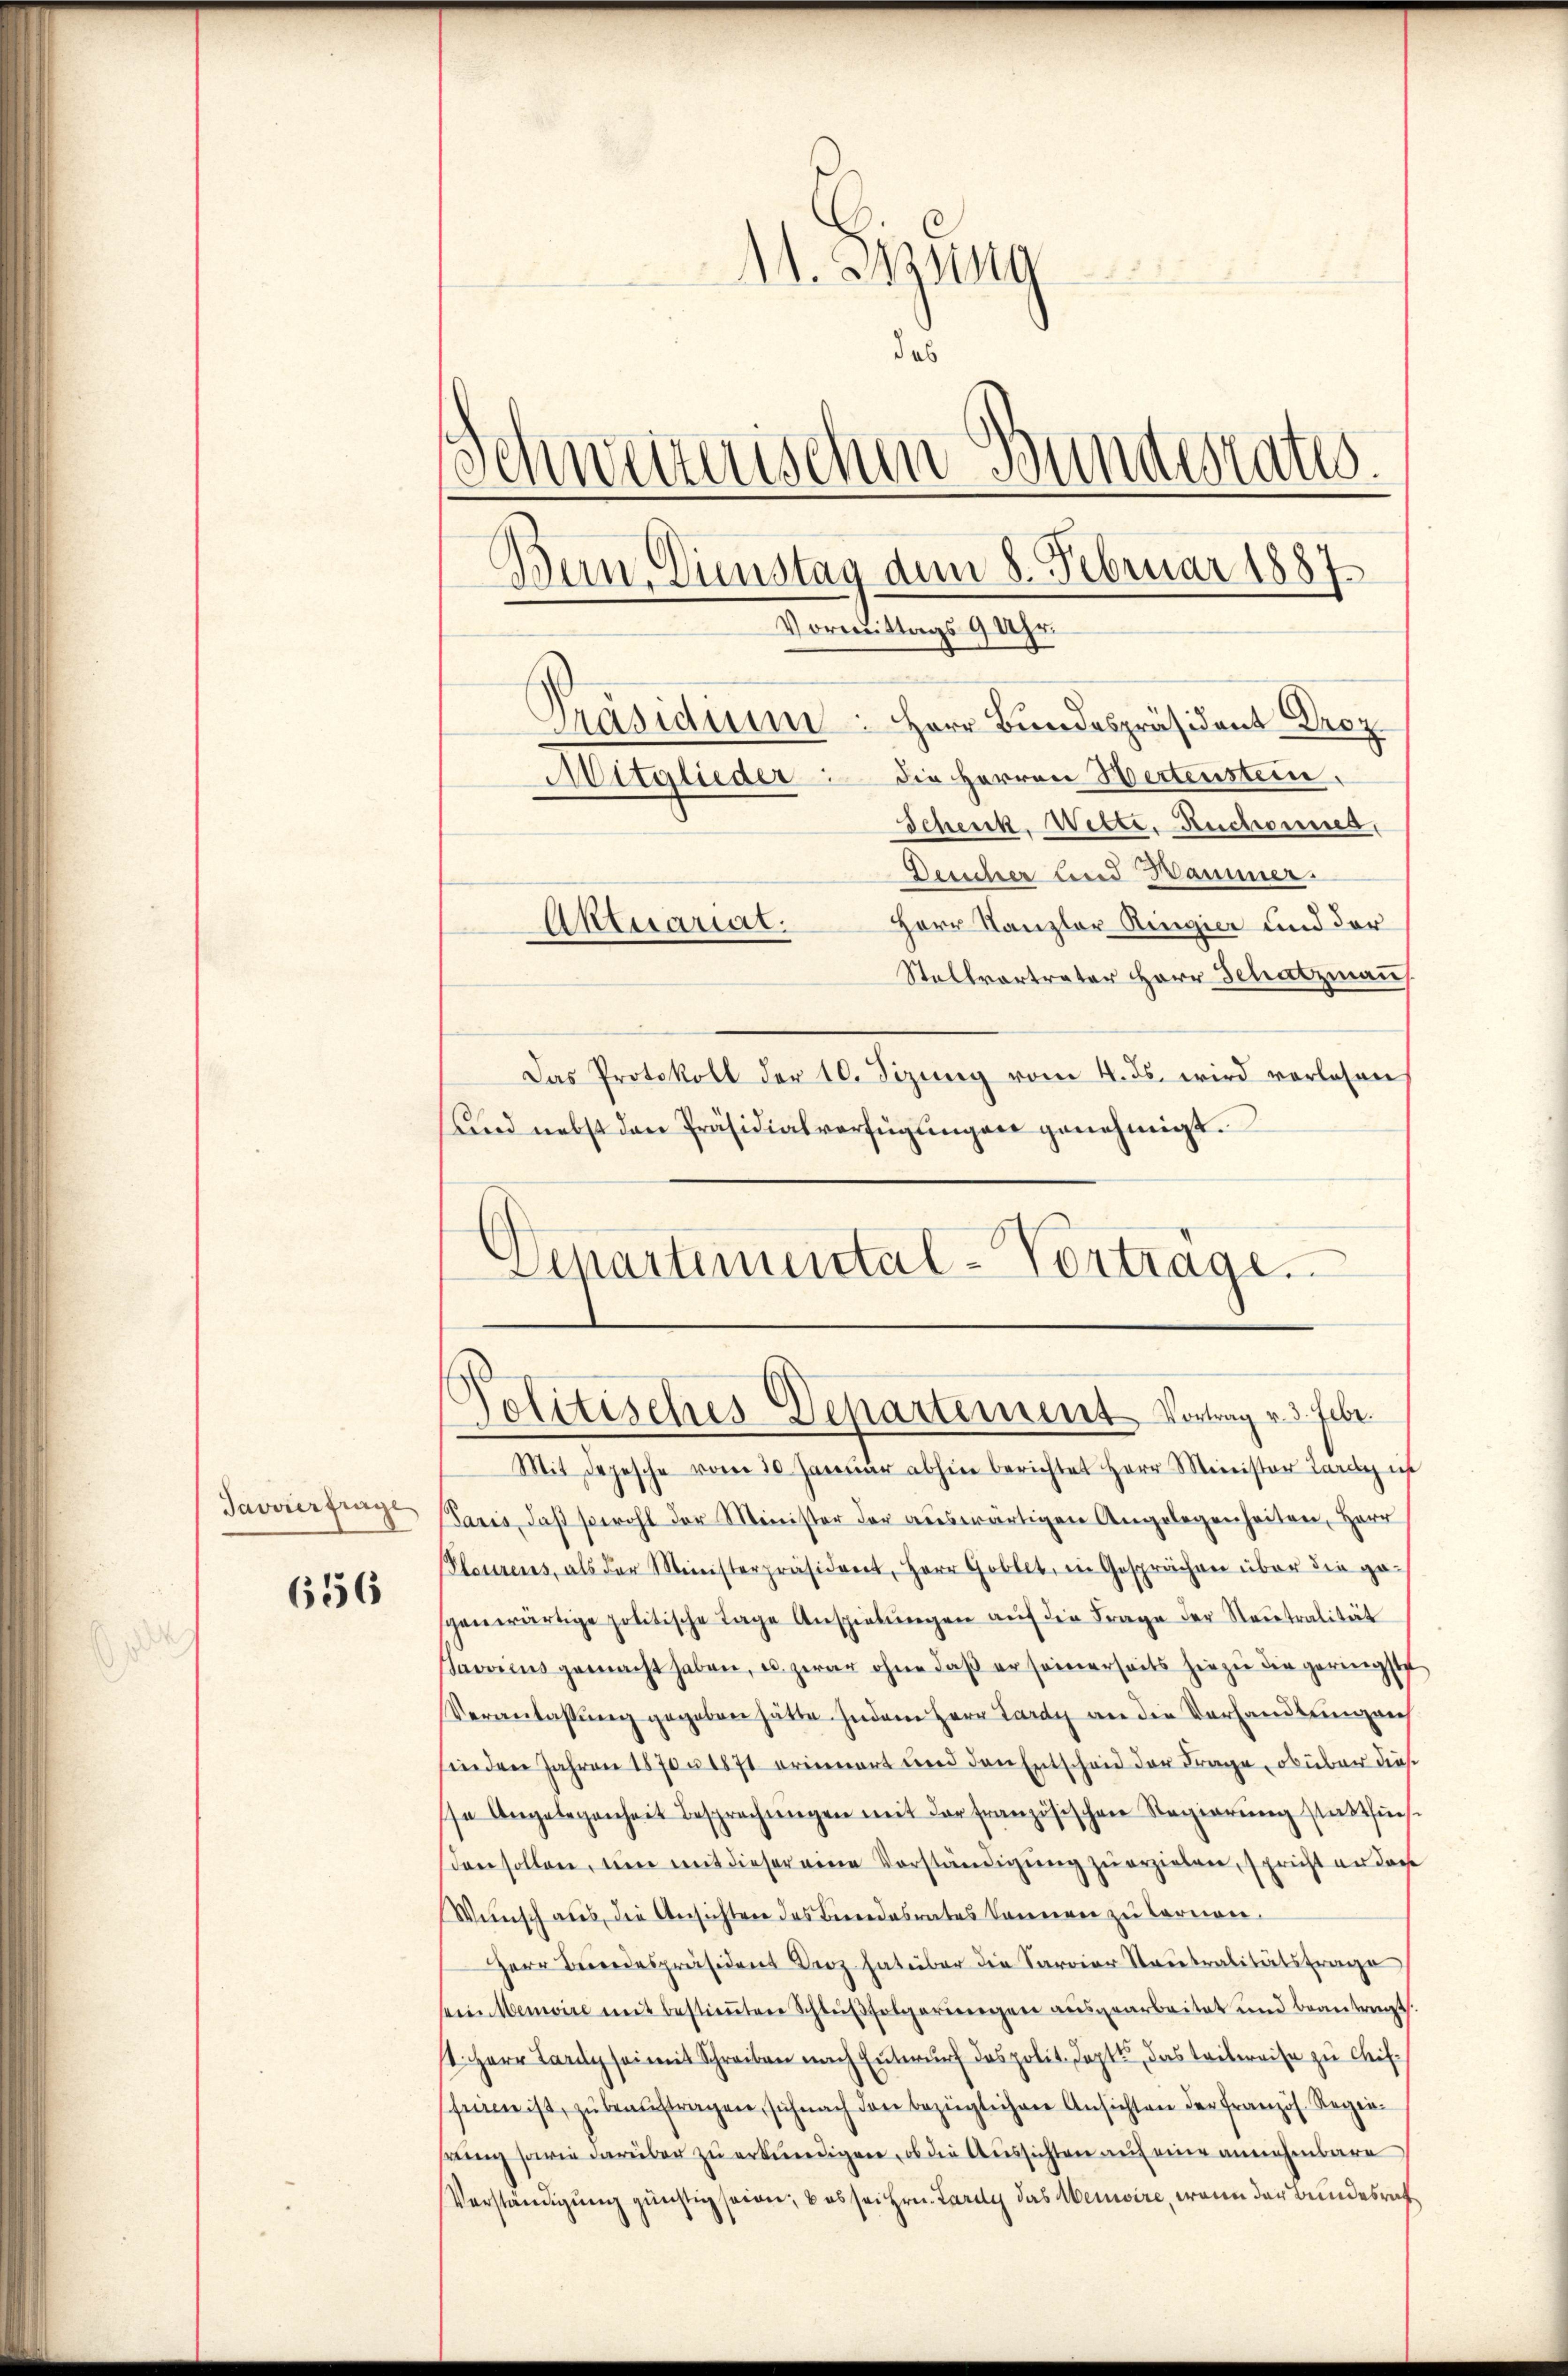
Javvierfrage

656

Ad. Msing
das
Schweizerischen Bundesrates.
Dein Dienstag dem 8. Februar 1887
Vormittags 9 Uhr.
Präsidium: Herr Bundespräsident Droz
Mitglieder die Herren Hertenstein,
Schenk. Wette, Ruchonnes,
Deucher und Hammer.
Herr Kanzler Ringier und der
Aktuariat.

Stellvertrater Herr Schatzmann
Das Protokoll der 10. Sizŭng vom 4. ds. wird vorlesen
Und nebst den Präsidialverfügŭngen genehmigt.
Mit Depesche vom 10. Janŭar abhin berichtet Herr Minister Lardy is
Paris, daß sowohl der Minister der auswärtigen Angelegenheiten, Herr
(Ploszens, als der Ministerpräsident, Herr Goblet, in Gesprächen über die ge-
genwärtige politische Tage Anspielŭngen aŭf die Frage der Neutralität
Savoies gemacht haben, u. zwar ohne daβ er seinerseits hiezŭ die geringste
Veranlassŭng gegeben hätte. Indem Herr Lardy an die Verhandlungen
inden Jahren 18705 1871 erinnert und den Entscheid der Frage, ob über diese
se Angelegenheit Besprechungen mit der französischen Regierung stattfinden sollen, um mit dieser eine Vorständigung zu erzielen, spricht er dar
Wünsch aus, die Ansichten des Berendesrates können zu Carrione.
Herr Bundespräsident Droz hat über die Saroiar Stautralitätsfrage
sein Menwire mit bestimmten Schlußfolgerungen ausgearbeitet und beantragt.
st. Herr Lardy sei mit Schreiben nach Entwurf das polit. Topt, das Tribereise zu Chiffeine ist, zu beauftragen, sich nach den bezüglichen Ansichten der Französ. Regiereing sowie darüber zu erkundigen, ob die Aussichten auf eine annehmbare
Verständigung günstig seien, & es sei Hrn. Lardy das Memoire, wenn der Bundesricht

Departemental-Vortrage.
Politisches Departement Vortrag v. 3. habe.